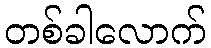
တစ်ခါလောက်